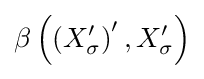
\beta \left(\left(X_{\sigma }^{\prime }\right)^{\prime },X_{\sigma }^{\prime }\right)